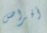
أقراص